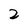
Character: 2